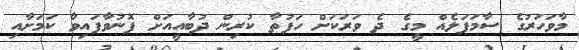
މާވަހަރުގެ ސާމަޕަލެއް މީގެ ދެ ވަރަކަށް ހަފުތާ ކުރިން ދުބާއީއަށް ފޮނުވާފައިވާ ކަމަށާއި